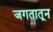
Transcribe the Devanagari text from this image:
जगतातून